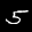
Label: 5